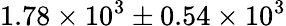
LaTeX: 1.78\times 10^{3}\pm{0.54\times 10^{3}}